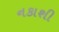
નકાશી